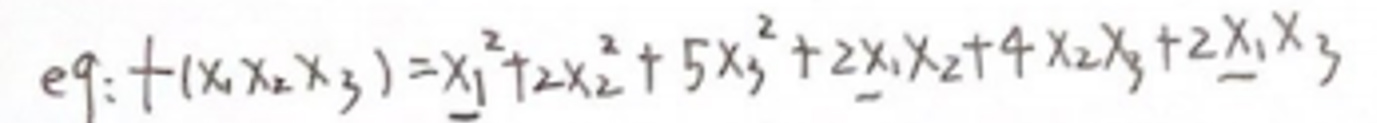
\[
eq: f(x_1,x_2,x_3)=x_1^2+2x_2^2+5x_3^2+2x_1x_2+4x_2x_3+2x_1x_3
\]